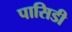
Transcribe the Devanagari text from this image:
पासिडी